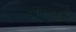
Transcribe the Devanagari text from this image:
शब्दानुवादों